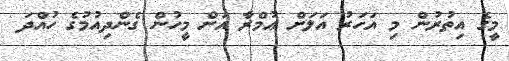
މީގެ އިތުރުން މި އަހަރު އަލަށް ޢުމްރާ އަށް މީހުން ގެންދިއުމުގެ ހުއްދަ